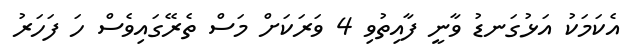
އެކަމަކު އަޅުގަނޑު ވާނީ ފާއިތުވި 4 ވަރަކަށް މަސް ތެރޭގައިވެސް ހަ ފަހަރު